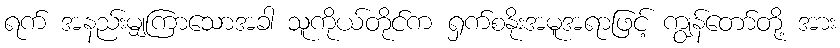
ရက် အနည်းမျှကြာသောအခါ သူကိုယ်တိုင်က ရှက်စနိုးအမူအရာဖြင့် ကျွန်တော်တို့ အား